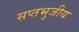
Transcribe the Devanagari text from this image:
सप्तभुजीय